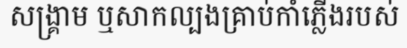
សង្គ្រាម ឬសាកល្បងគ្រាប់កាំភ្លើងរបស់